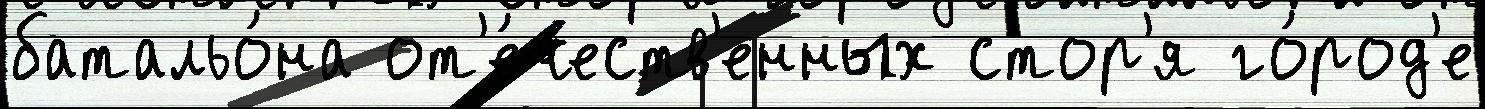
батальо́на от'е́честв'енных стор'я го́род'е